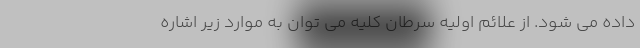
داده می شود. از علائم اولیه سرطان کلیه می توان به موارد زیر اشاره